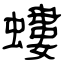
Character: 螻